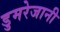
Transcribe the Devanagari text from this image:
डुमरेजानी